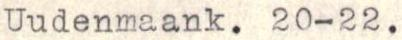
Uudenmaank. 20-22.